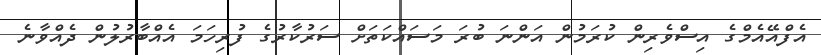
އެފްއޭއެމްގެ އިސްވެރިން ކުރަމުން އަންނަ ބުރަަ މަސައްކަތަށް ސަރުކާރުގެ ފުރިހަމަ އެއްބާރުލުން ދެއްވާނެ